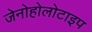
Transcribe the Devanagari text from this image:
जेनोहोलोटाइप